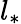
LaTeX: l_{*}